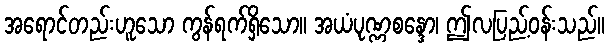
အရောင်တည်းဟူသော ကွန်ရက်ရှိသော။ အယံပုဏ္ဏစန္ဒော၊ ဤလပြည့်ဝန်းသည်။